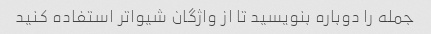
جمله را دوباره بنویسید تا از واژگان شیواتر استفاده کنید